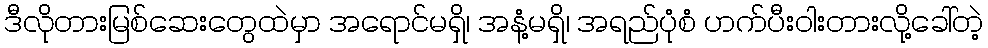
ဒီလိုတားမြစ်ဆေးတွေထဲမှာ အရောင်မရှိ၊ အနံ့မရှိ၊ အရည်ပုံစံ ဟက်ပီးဝါးတားလို့ခေါ်တဲ့